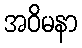
အဝိမနာ